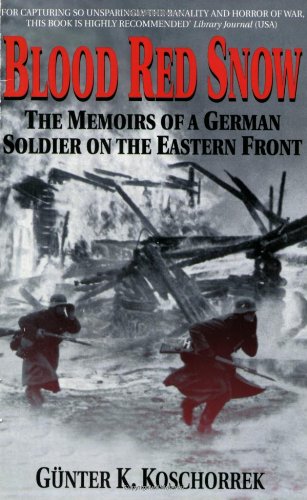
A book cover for Blood Red Snow: The Memoirs of a German Soldier on the Eastern Front; Gunter K. Koschorrek; History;